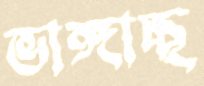
ভাঙ্গাচ্ছ